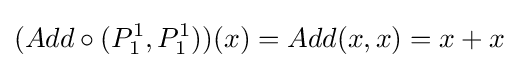
(Add\circ (P_{1}^{1},P_{1}^{1}))(x)=Add(x,x)=x+x